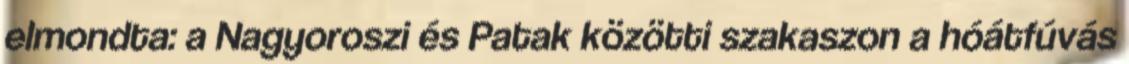
elmondta: a Nagyoroszi és Patak közötti szakaszon a hóátfúvás